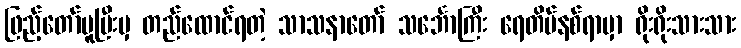
ဖြည့်တော်မူပြီးမှ တည်ထောင်ရတဲ့ သာသနာတော် သင်္ဘောကြီး ရေတိမ်နစ်ရာမှာ ရိုးရိုးသားသား